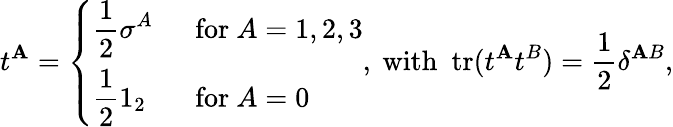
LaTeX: t^{\mathbf{A}}=\left\{ \begin{array}{ll}{{\displaystyle\frac{1}{2}\sigma^{A}}}&{{~~\mathrm{for}~A=1,2,3}}\\ {{\displaystyle\frac{1}{2}1_{2}}}&{{~~\mathrm{for}~A=0}}\end{array}\right.,\mathrm{{~with~~tr}}(t^{\mathbf{A}}t^{B})=\frac{{1}}{{2}}\delta^{\mathbf{A}B},